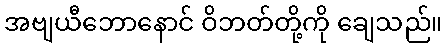
အဗျယီဘောနောင် ဝိဘတ်တို့ကို ချေသည်။